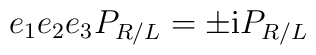
e_{1}e_{2}e_{3}P_{R/L}=\pm\mathrm{i}P_{R/L}